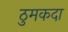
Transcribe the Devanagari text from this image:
ठुमकदा